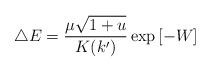
LaTeX: \begin{align*}\triangle E =\frac{\mu\sqrt{1+u}}{K(k')}\exp{[-W]}\end{align*}